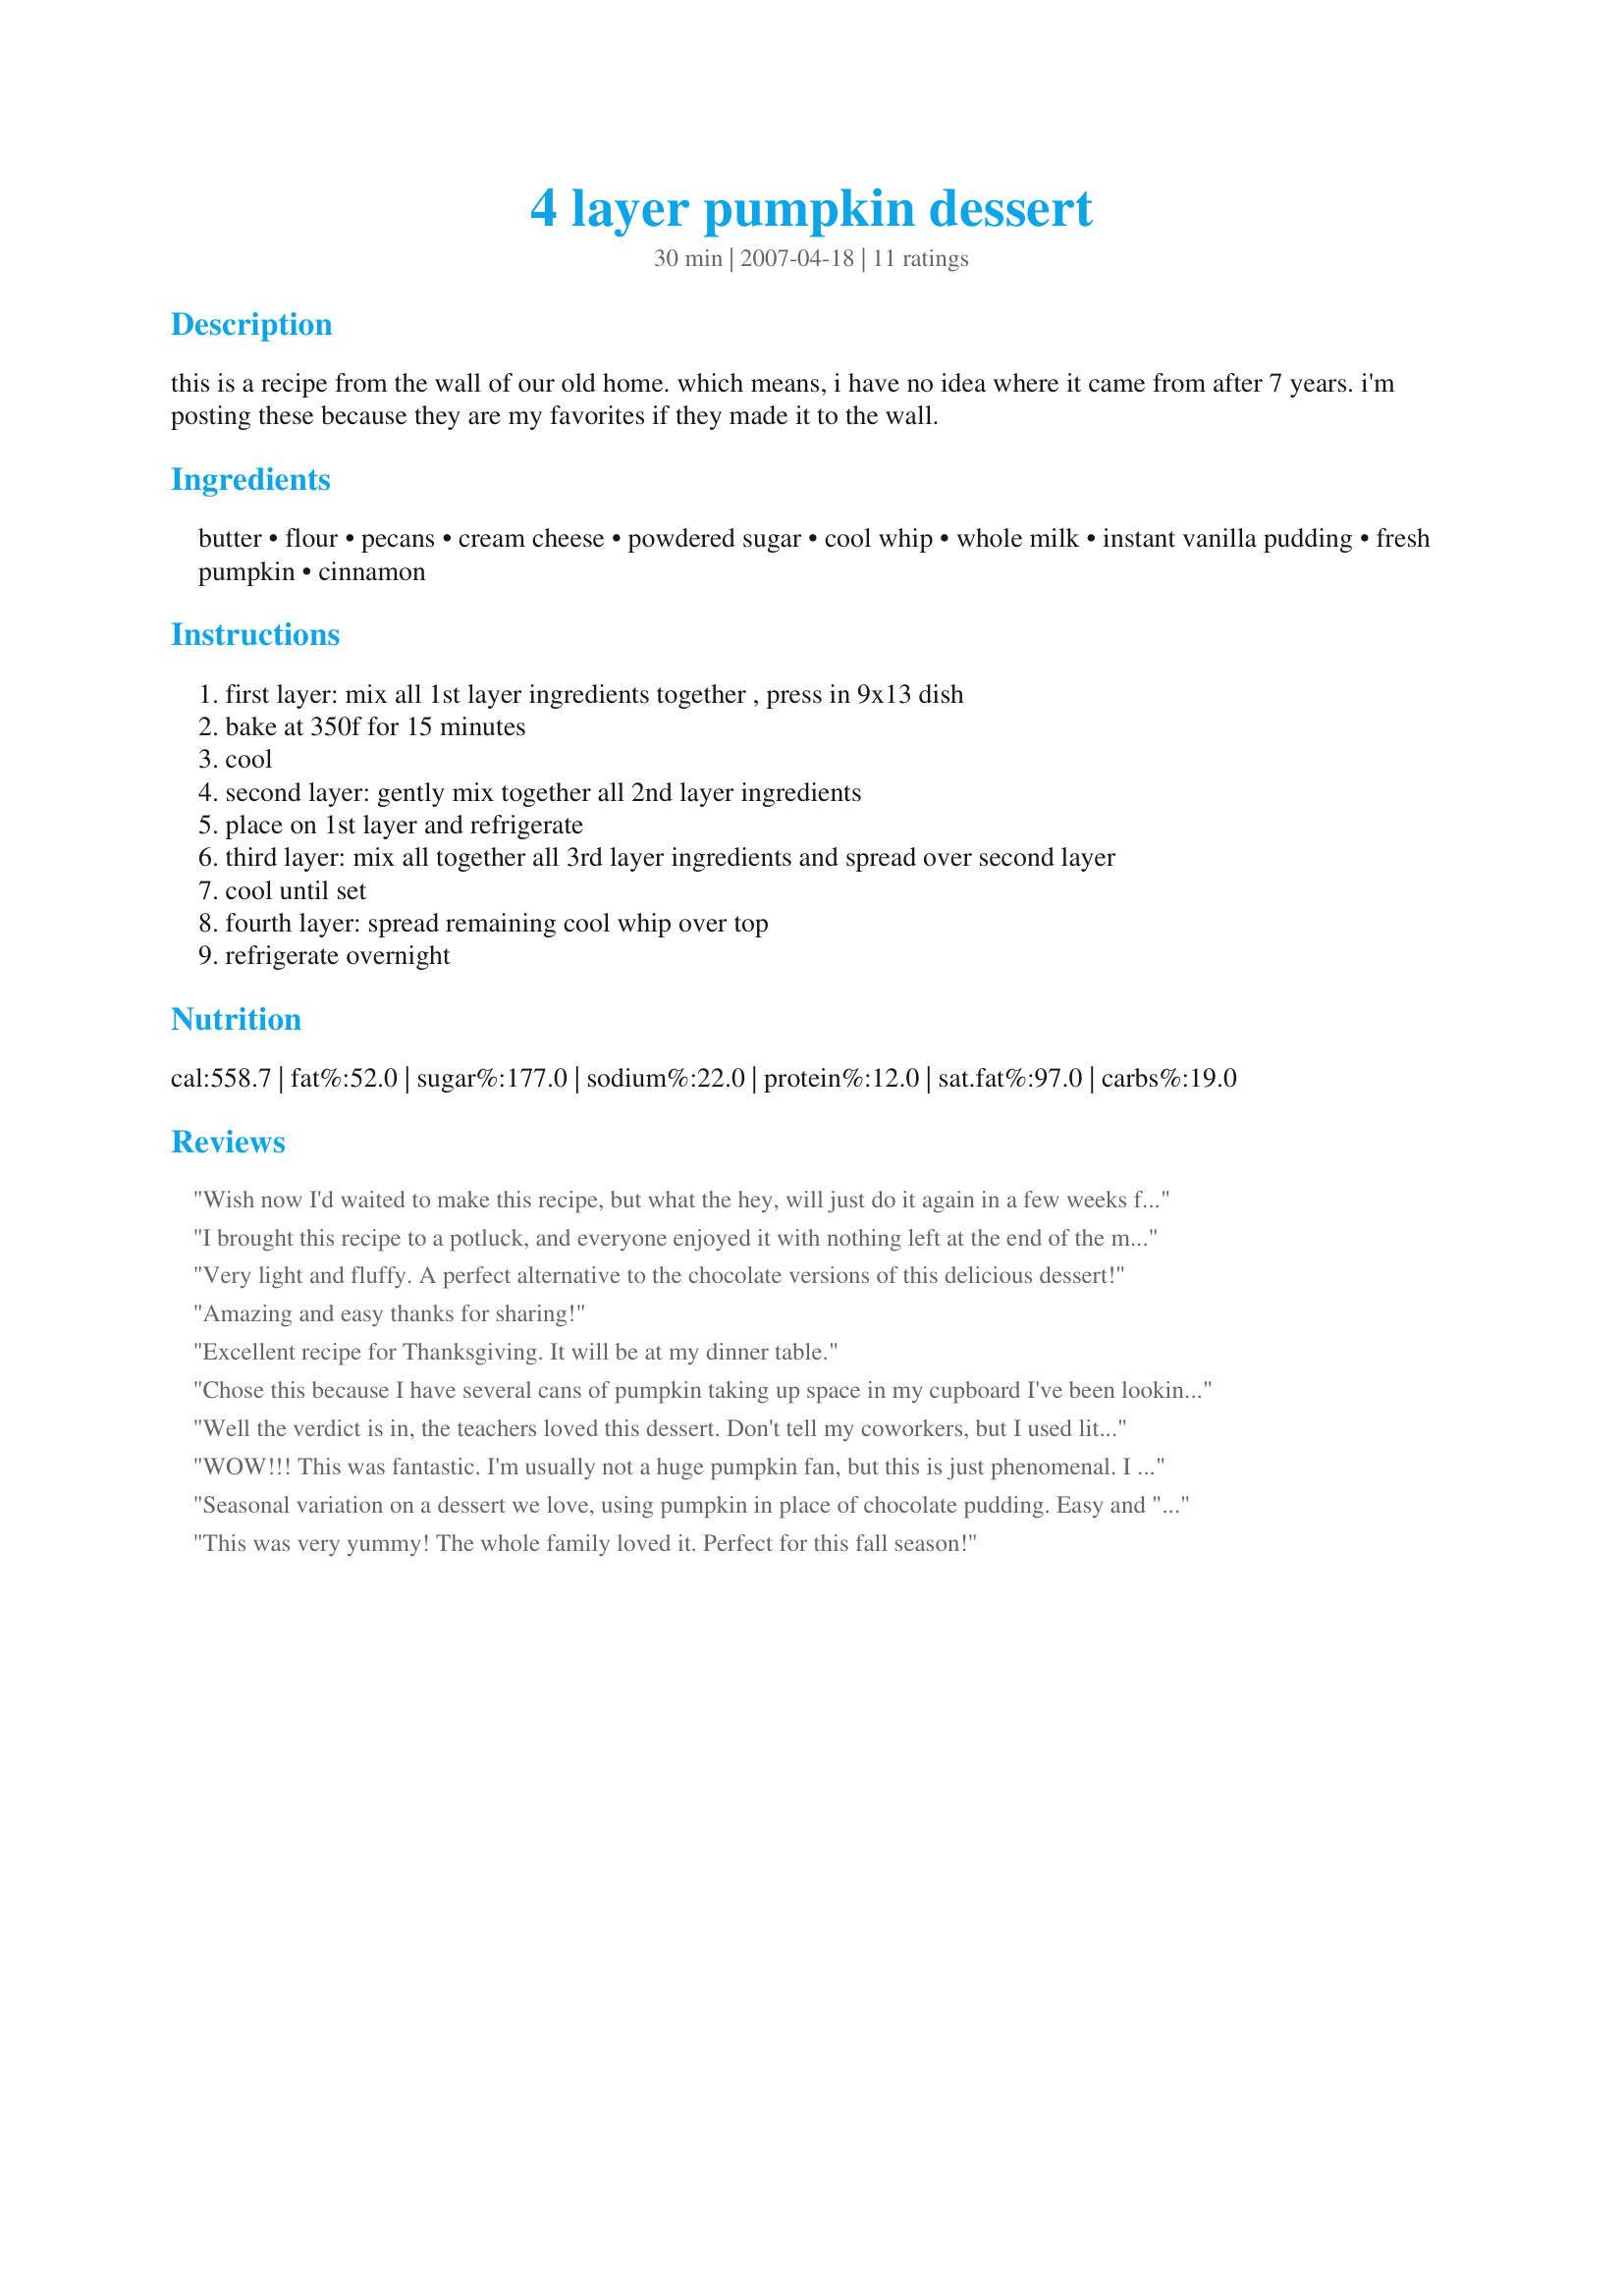
4 layer pumpkin dessert
Preparation time: 30 minutes

this is a recipe from the wall of our old home. which means, i have no idea where it came from after 7 years. i'm posting these because they are my favorites if they made it to the wall.

Ingredients:
butter, flour, pecans, cream cheese, powdered sugar, cool whip, whole milk, instant vanilla pudding, fresh pumpkin, cinnamon

Steps:
first layer: mix all 1st layer ingredients together , press in 9x13 dish
bake at 350f for 15 minutes
cool
second layer: gently mix together all 2nd layer ingredients
place on 1st layer and refrigerate
third layer: mix all together all 3rd layer ingredients and spread over second layer
cool until set
fourth layer: spread remaining cool whip over top
refrigerate overnight

Reviews:
Wish now I'd waited to make this recipe, but what the hey, will just do it again in a few weeks for guests at my Yule dinner ~ A GREAT WAY TO DO A PUMPKIN ENTREE! Followed your recipe right on down, but did use toasted pecans in the 1st layer! ABSOLUTELY WONDERFUL FLAVOR! Thanks for posting! [Tagged, made & reviewed in Please Review My Recipe]
I brought this recipe to a potluck, and everyone enjoyed it with nothing left at the end of the meal. I would make a change the next time I make it...the bottom crust seemed to be scarcely enough for a 9x13 pan, and I would definitely increase the ingredients to make one and a half times the amount given. I also used walnut crumbs, instead of pecans, and took the suggestion of a friend who told me that squash can be subsituted for pumpkin, which I did, and no one seemed to notice the difference. A great recipe and look forward to making it again.
Very light and fluffy. A perfect alternative to the chocolate versions of this delicious dessert!
Amazing and easy thanks for sharing!
Excellent recipe for Thanksgiving. It will be at my dinner table.
Chose this because I have several cans of pumpkin taking up space in my cupboard I've been looking to use up (okay, I did use canned not fresh). It was really delicious and will be going into my holiday rotation as a nice alternative to pie next season. Used light cream cheese.
Well the verdict is in, the teachers loved this dessert. Don't tell my coworkers, but I used lite cream cheese and light Cool whip. It still turned out great. Thanks Jess for the advice on roasting the pumpkin and straining the puree. It was a scanalously delicious morning snack.
WOW!!! This was fantastic. I'm usually not a huge pumpkin fan, but this is just phenomenal. I took it to my husbands family's Thanksgiving dinner yesterday and everyone loved it. My sister in law went nuts over it and explained to me that it was definitely better than "you know what". LOL. She also immediately asked for the recipe. I guess that means she loves it. I've been instructed to bring it to Christmas already. Thanks for sharing this keeper.
Seasonal variation on a dessert we love, using pumpkin in place of chocolate pudding. Easy and "really nummy."
This was very yummy! The whole family loved it. Perfect for this fall season!
This is a delicious dessert. I knew I would love this as it is a different flavor of a dessert recipe my MIL gave me called, Better than Robert Redford Cake, but with pumpkin instead of chocolate pudding. I made this into two smaller versions and gave one to a neighbor for Christmas. Thanks for sharing this great pumpkin dessert Jess!!!! Made for PRMR.
